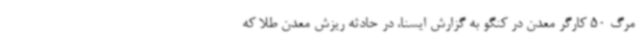
مرگ 50 کارگر معدن در کنگو به گزارش ایسنا، در حادثه ریزش معدن طلا که